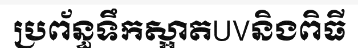
ប្រព័ន្ធទឹកស្អាតUVនិងពិធី